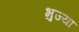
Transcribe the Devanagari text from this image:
भुज्या